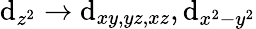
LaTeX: \mathrm{d}_{z^{2}}\rightarrow\mathrm{d}_{xy,yz,xz},\mathrm{d}_{x^{2}-y^{2}}